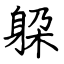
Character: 躱